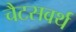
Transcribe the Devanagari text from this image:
चैटसवर्थ